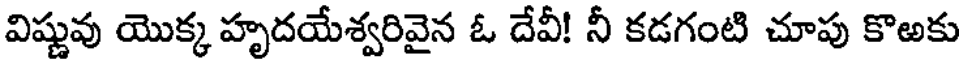
విష్ణువు యొక్క హృదయేశ్వరివైన ఓ దేవీ! నీ కడగంటి చూపు కొఱకు